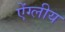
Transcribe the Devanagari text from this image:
ऐंग्लीय